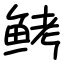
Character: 鲓